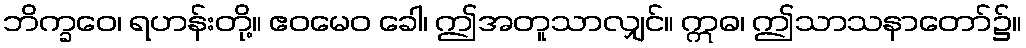
ဘိက္ခဝေ၊ ရဟန်းတို့။ ဧဝမေဝ ခေါ၊ ဤအတူသာလျှင်။ ဣဓ၊ ဤသာသနာတော်၌။